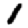
Digit: 1